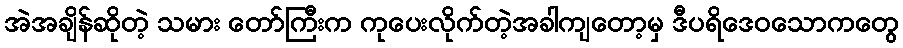
အဲအချိန်ဆိုတဲ့ သမား တော်ကြီးက ကုပေးလိုက်တဲ့အခါကျတော့မှ ဒီပရိဒေဝသောကတွေ